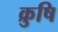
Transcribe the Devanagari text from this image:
क्रुषि